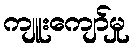
ကျူးကျော်မှု